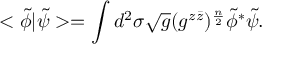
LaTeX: < \tilde { \phi } | \tilde { \psi } > = \int d ^ { 2 } \sigma \sqrt { g } ( g ^ { z \bar { z } } ) ^ { \frac { n } { 2 } } \tilde { \phi } ^ { * } \tilde { \psi } .